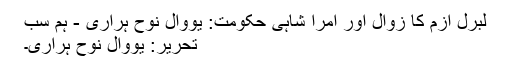
لبرل ازم کا زوال اور امرا شاہی حکومت: یووال نوح ہراری - ہم سب
تحریر: یووال نوح ہراری۔